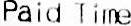
PAID TIME